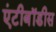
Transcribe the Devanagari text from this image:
एंटीबॉडीस